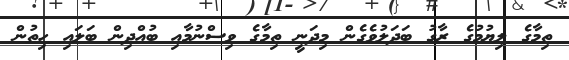
ތިމާގެ ލިޔުމުގެ ރާގު ބަދަލުވެގެން މިދަނީ ތިމާގެ ވިސްނުމާއި ބުއްދިން ބަލައި ހިތުން